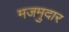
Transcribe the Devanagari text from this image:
मजमुदार